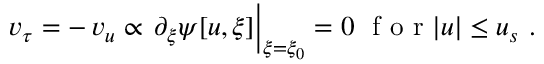
v _ { \tau } = - \, v _ { u } \propto \, \partial _ { \xi } \psi [ u , \xi ] \Big \vert _ { \xi = \xi _ { 0 } } = 0 \ \mathrm { ~ f ~ o ~ r ~ } | u | \le u _ { s } \ . \